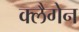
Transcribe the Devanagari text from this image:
क्लैगेन